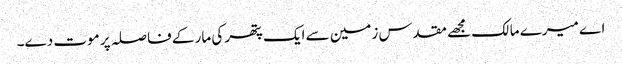
اے میرے مالک مجھے مقدس زمین سے ایک پتھر کی مار کے فاصلہ پر موت دے۔